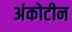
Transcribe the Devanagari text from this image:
अंकोटीन